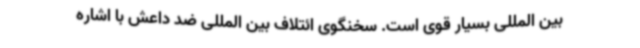
بین المللی بسیار قوی است. سخنگوی ائتلاف بین المللی ضد داعش با اشاره